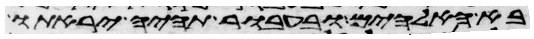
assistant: בא האלהים ובעבור תהיה יראתו